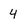
Character: 4